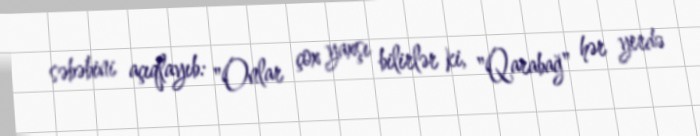
səbəbini açıqlayıb: "Onlar çox yaxşı bilirlər ki, "Qarabağ" hər yerdə